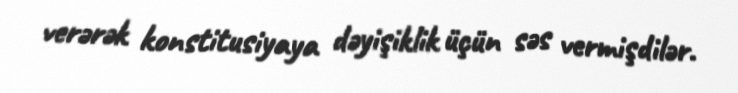
verərək konstitusiyaya dəyişiklik üçün səs vermişdilər.